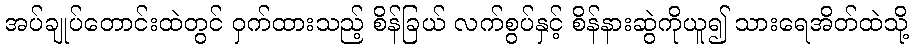
အပ်ချုပ်တောင်းထဲတွင် ဝှက်ထားသည့် စိန်ခြယ် လက်စွပ်နှင့် စိန်နားဆွဲကိုယူ၍ သားရေအိတ်ထဲသို့